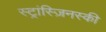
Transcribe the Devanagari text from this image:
स्ट्रांस्ज़िनस्की